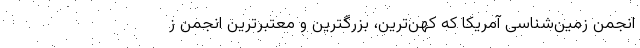
انجمن زمین‌شناسی آمریکا که کهن‌ترین، بزرگترین و معتبرترین انجمن ز